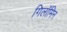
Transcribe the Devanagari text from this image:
गिलॉमिन